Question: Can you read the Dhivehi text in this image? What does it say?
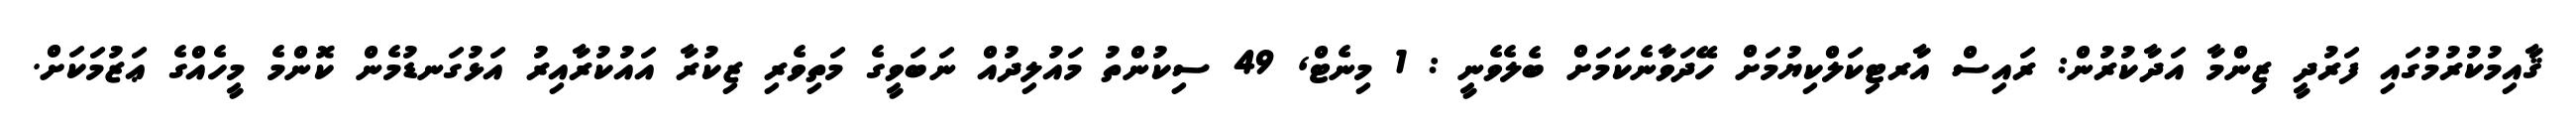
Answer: ޤާއިމުކުރުމުގައި ފަރުދީ ޒިންމާ އަދާކުރުން: ރައިސް އާރޓިކަލްކިޔުމަށް ހޭދަވާނެކަމަށް ބެލެވެނީ : 1 މިނެޓް, 49 ސިކުންތު މައުލިދުއް ނަބަވީގެ މަތިވެރި ޒިކުރާ އައުކުރާއިރު އަޅުގަނޑުމެން ކޮންމެ މީހެއްގެ ޢަޒުމަކަށް.